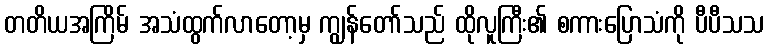
တတိယအကြိမ် အသံထွက်လာတော့မှ ကျွန်တော်သည် ထိုလူကြီး၏ စကားပြောသံကို ပီပီသသ